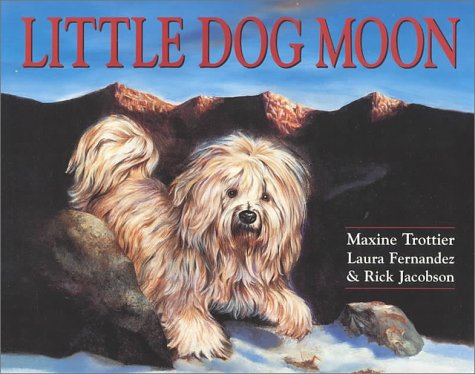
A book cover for Little Dog Moon; Maxine Trottier; Travel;